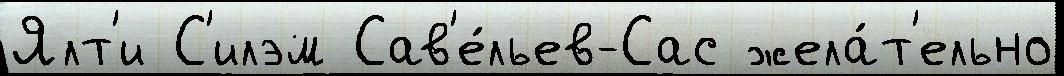
Ялт'и С'илэм Сав'е́льев-Сас жела́т'ельно